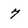
Character: 7